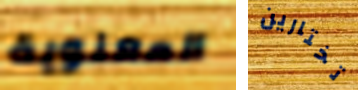
المعنوية تختارين